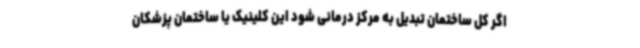
اگر کل ساختمان تبدیل به مرکز درمانی شود این کلینیک یا ساختمان پزشکان